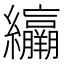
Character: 𦇽